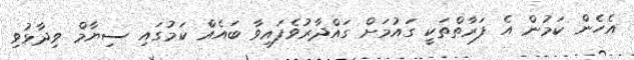
އެހެން ކަމުން އެ ފަރާތްތަކީ ގައުމަށް ގައްދާރުވެފައިވާ ބައެއް ކަމުގައި ސިޔާމް ވިދާޅުވި